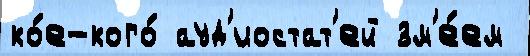
ко́е-кого́ ауд'иостат'ей зм'е́ем